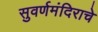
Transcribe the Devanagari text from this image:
सुवर्णमंदिराचे